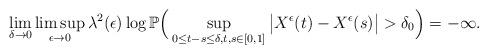
LaTeX: \begin{align*}\lim_{\delta\to0}\limsup_{\epsilon\to0}\lambda^2(\epsilon)\log\mathbb P\Big(\sup_{0\leq t-s\leq\delta, t,s\in[0,1]}\big|X^{\epsilon}(t)-X^{\epsilon}(s)\big|>\delta_0\Big)=-\infty.\end{align*}